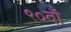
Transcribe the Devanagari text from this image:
९०वाँ